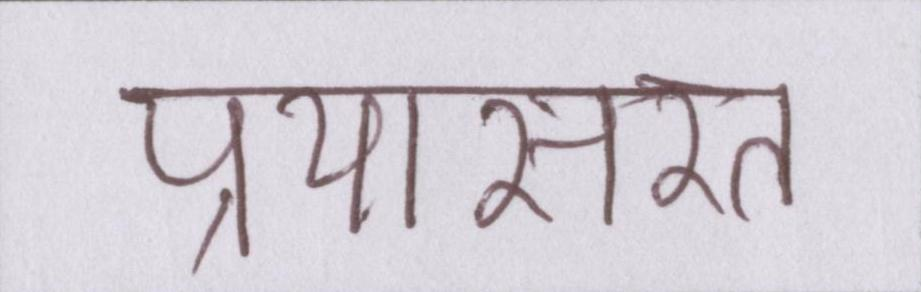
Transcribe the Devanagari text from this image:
प्रयासरत